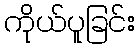
ကိုယ်ပူခြင်း